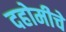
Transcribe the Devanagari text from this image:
दहोमीचे